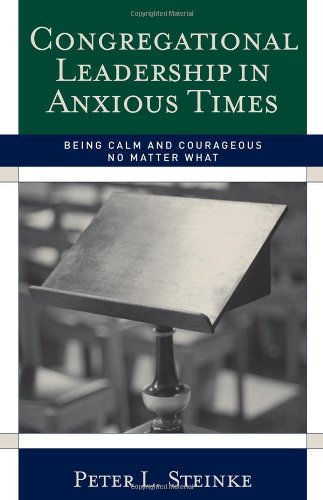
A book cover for Congregational Leadership in Anxious Times: Being Calm and Courageous No Matter What; Peter L. Steinke; Christian Books & Bibles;